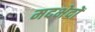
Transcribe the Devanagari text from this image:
मदभेदों